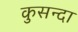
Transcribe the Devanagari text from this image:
कुसन्दा